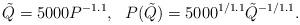
LaTeX: \begin{align*}\tilde{Q}=5000P^{-1.1}, \ \ P(\tilde{Q})=5000^{1/1.1}\tilde{Q}^{-1/1.1}.\end{align*}